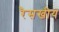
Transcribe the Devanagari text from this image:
रैसखीय